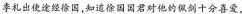
季札出使途经徐国，知道徐国国君对他的佩剑十分喜爱，